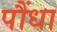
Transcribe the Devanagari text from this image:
पौंधा